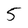
Character: 5